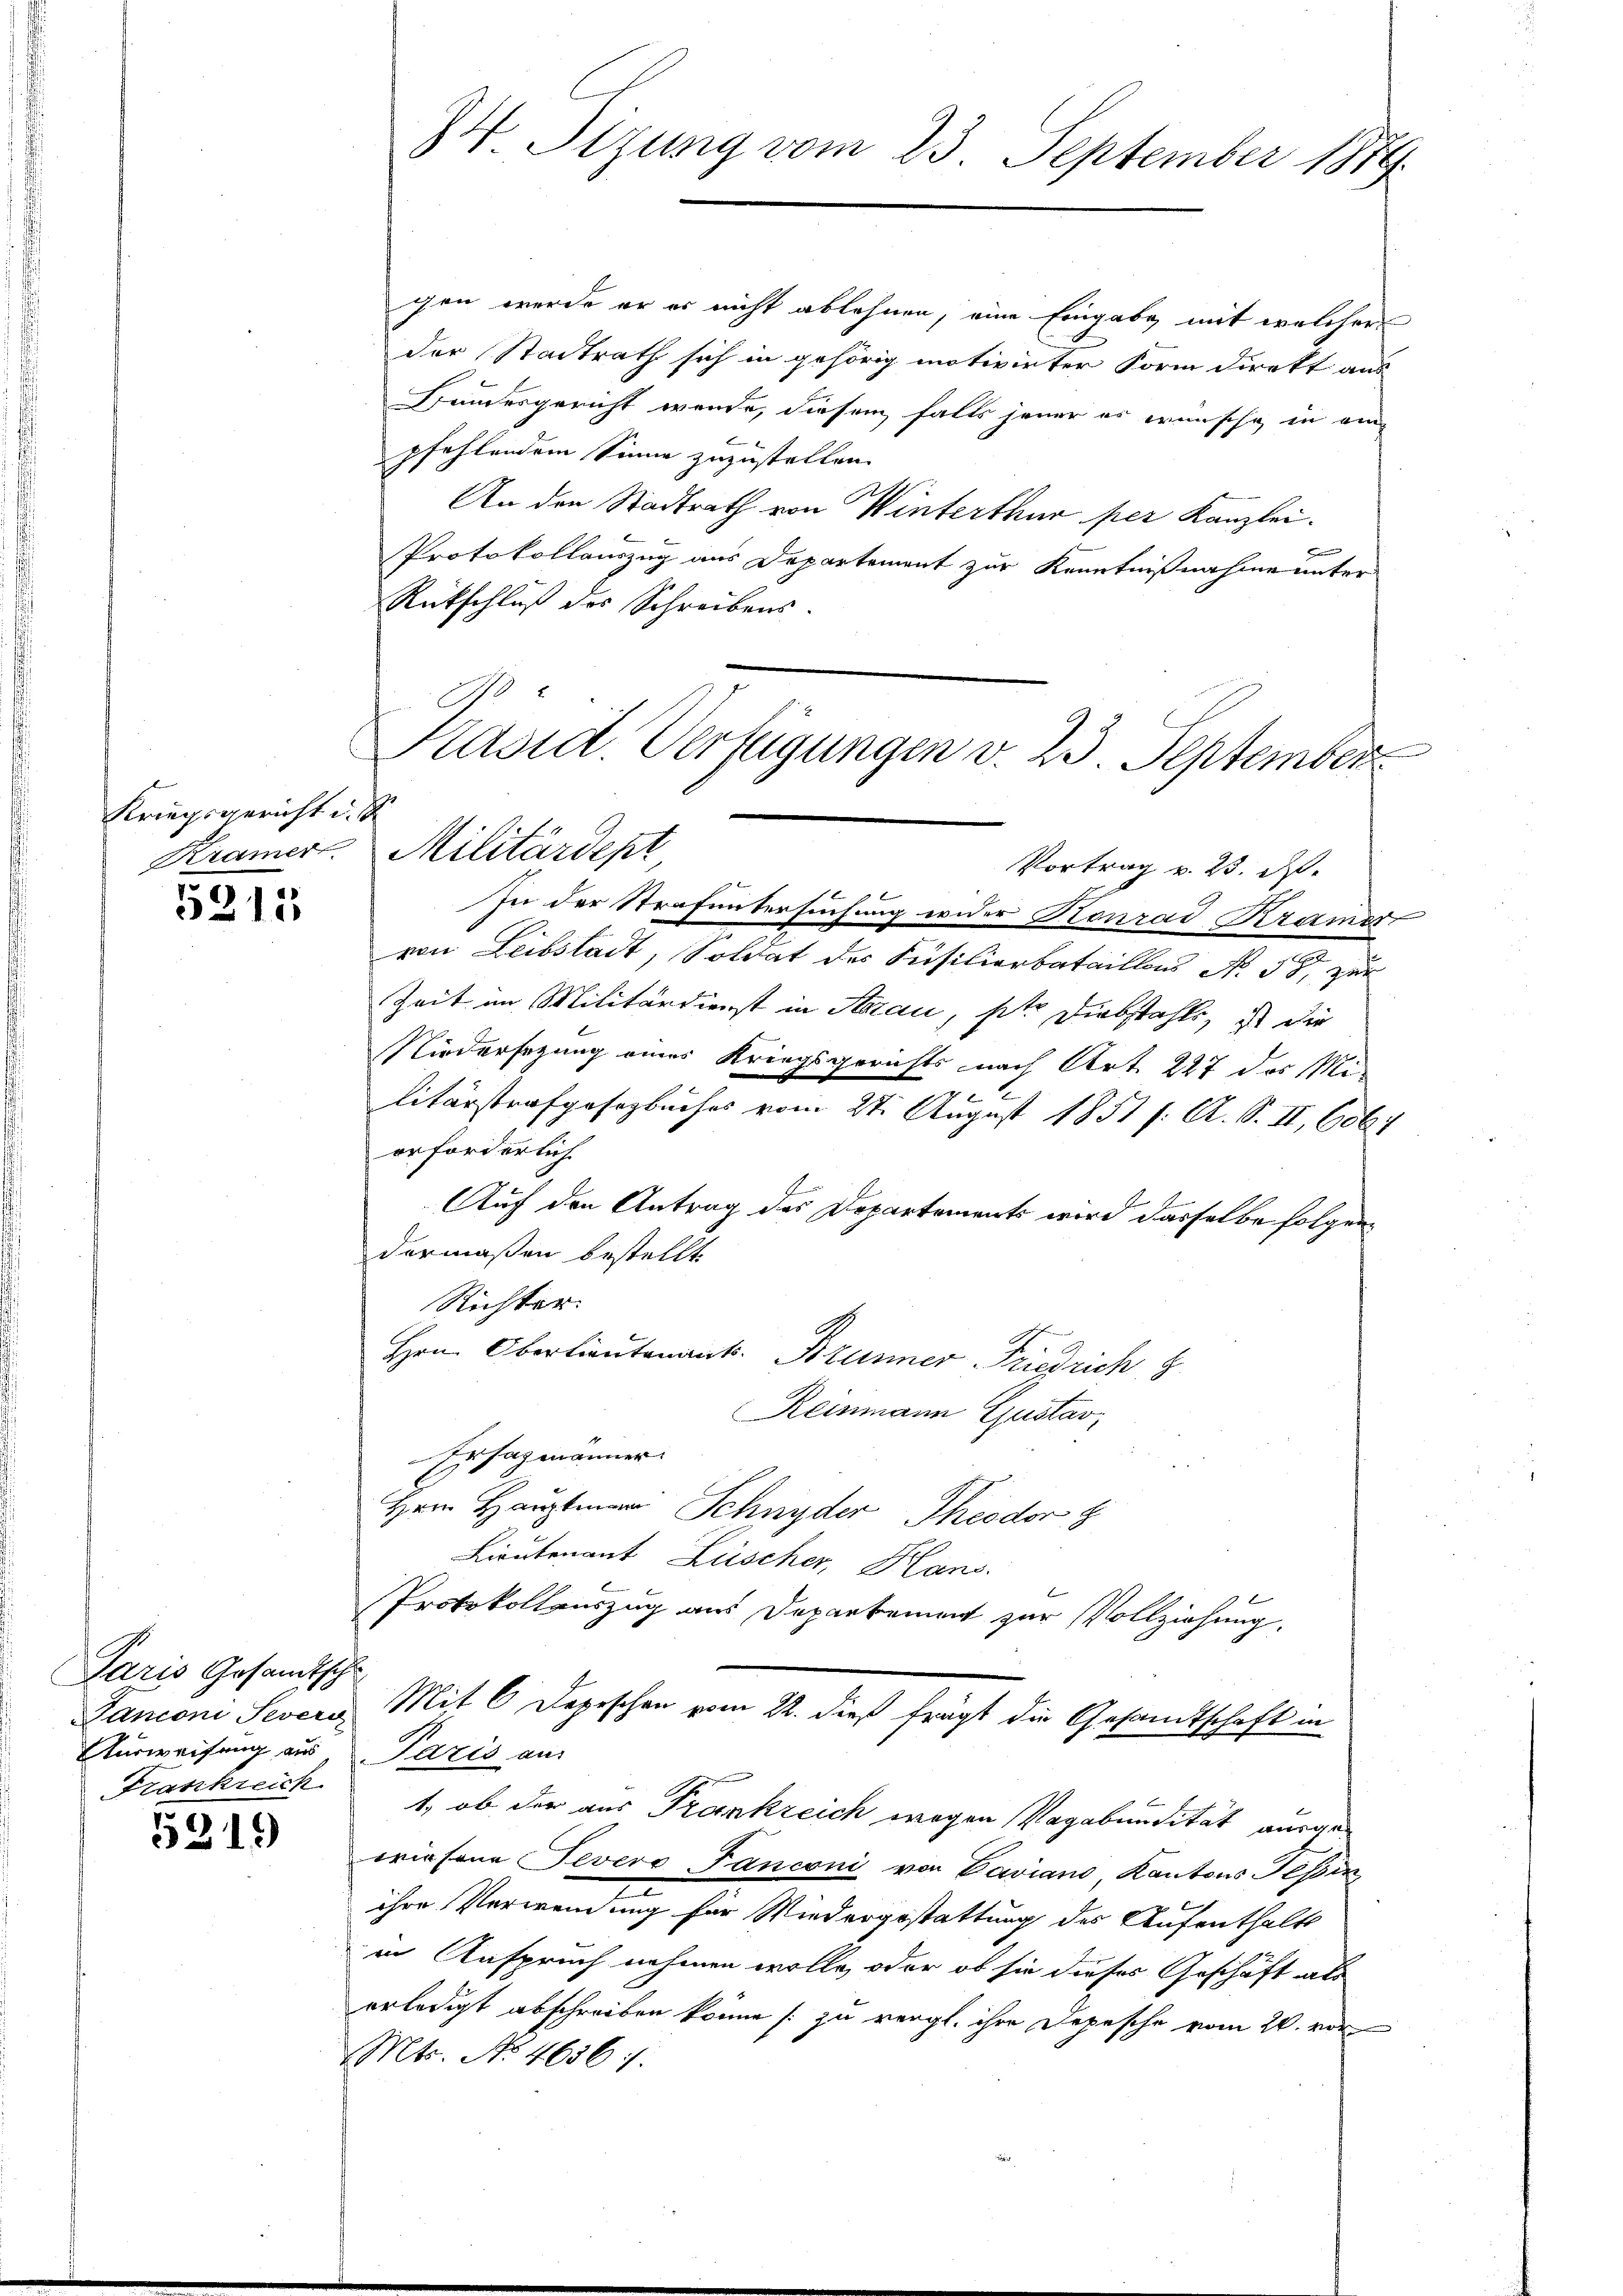
Kriegsgericht d. d.

5315

Paris Gesandtsche
Ausweisung aus Paris an:
Frankreich

5319

gen werde er es nicht ablehnen, eine Eingabe mit welcher
der Stadtrath sich in gehörig motivirter Form direkt aus
Bundesgericht werde, diesem falls jener es wünsche in ein
pfehlendem Sinne zuzustellen.
An den Stadtrath von Winterthur per Kanzlei.
n
Protokollauszug aus Departement zur Kenntnißnahme unter
Rütschluß des Schreibens.
In der Strafuntersuchung wider Konrad Kramer
von Leibstadt, Soldat des Füsilierbataillons No 58, zur
Zeit im Militärdienst in Aarau, site Diebstahls, ist die
Niedersezung eines Kriegsgerichts nach Art. 227 das Mi¬

litärstrafgesetzbuches vom 21. August 1851 f. A. S. II, 606
erforderlich
Auf den Antrag des Departements wird dasselbe folgen
dermaßen bestellt.
Richter.
Hrn. Oberlieutenant. Brunner Friedrich z
Reinmann Gustav
Ersazmänner
Hrn Hauptmann Schnyder Theodor 8
Lieutenant Lüscher, Hans
Protokollauszug aus Departement zur Vollziehung.
Panconi Severe Mit 6 Depeschen vom 22. dieß frägt die Gesandtschaft in
t, ob der aus Trankreich wegen Vagabundität ausgeeriesene Tevers Fanconi von Caviano, Kantons Tessin
ihre Verwendung für Wiedergestattung des Aufenthalte
in Anspruch nehmen wolle, oder ob sie dieses Geschäft als
erledigt abschreiben könne zu vergl. ihre Depesche vom 20. vor
Mts. No. 4636.

84. Sizung vom 23. September 1889.

E
Krämer. Militärdept

Päsict. Verfügungen v. 23. September
Vortrag v. 23. ds.